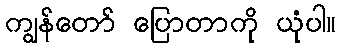
ကျွန်တော် ပြောတာကို ယုံပါ။